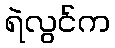
ရဲလွင်က